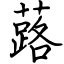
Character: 蕗